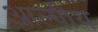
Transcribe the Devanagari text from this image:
आल्पीय